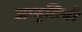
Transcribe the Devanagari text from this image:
अावृतियाँ